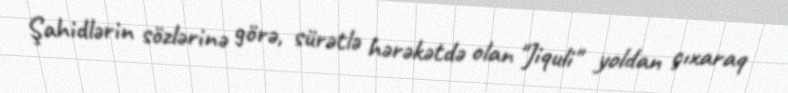
Şahidlərin sözlərinə görə, sürətlə hərəkətdə olan "Jiquli" yoldan çıxaraq